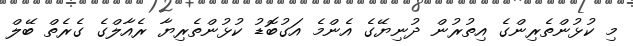
މި ކުޅުންތެރިންގެ އިތުރުން ދުނިޔޭގެ އެންމެ އަގުބޮޑު ކުޅުންތެރިޔާ ރެއާލްގެ ގެރެތް ބޭލް